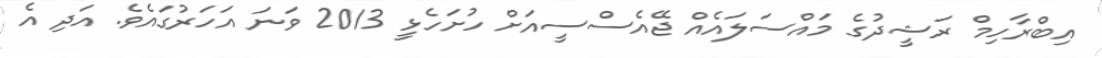
އިބްރާހިމް ރަޝީދުގެ މައްސަލައެއް ޖޭއެސްސީއަށް ހުށަހެޅީ 2013 ވަނަ އަހަރުގައެވެ. އަދި އެ